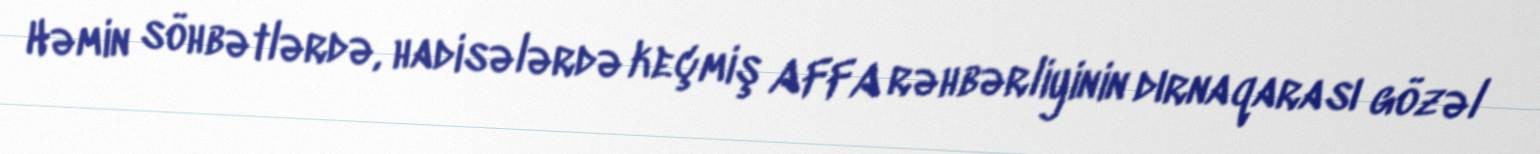
Həmin söhbətlərdə, hadisələrdə keçmiş AFFA rəhbərliyinin dırnaqarası gözəl